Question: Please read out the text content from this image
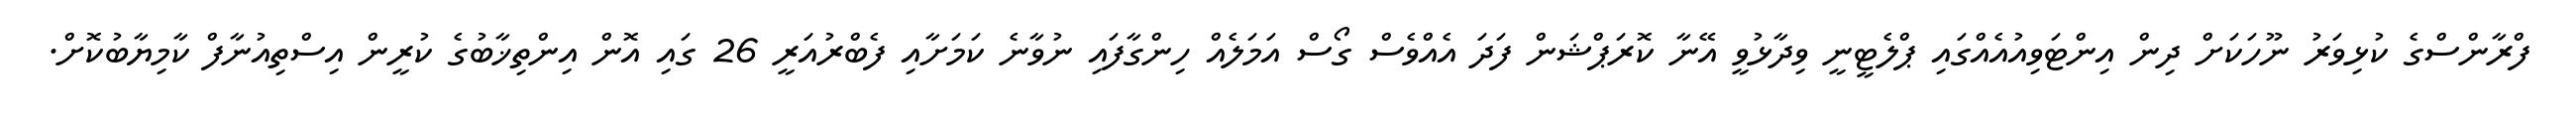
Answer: ފްރާންސްގެ ކުޅިވަރު ނޫހަކަށް ދިން އިންޓަވިއުއެއްގައި ޕްލެޓީނީ ވިދާޅުވީ އޭނާ ކޮރަޕްޝަން ފަދަ އެއްވެސް ގޯސް އަމަލެއް ހިންގާފައި ނުވާނެ ކަމަށާއި ފެބްރުއަރީ 26 ގައި އޮން އިންތިޚާބުގެ ކުރީން އިސްތިއުނާފް ކާމިޔާބުކޮށް.